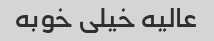
عالیه خیلی خوبه